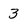
Character: 3